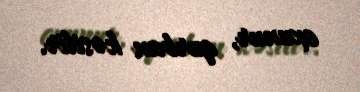
oxunur, qurban kəsilir.